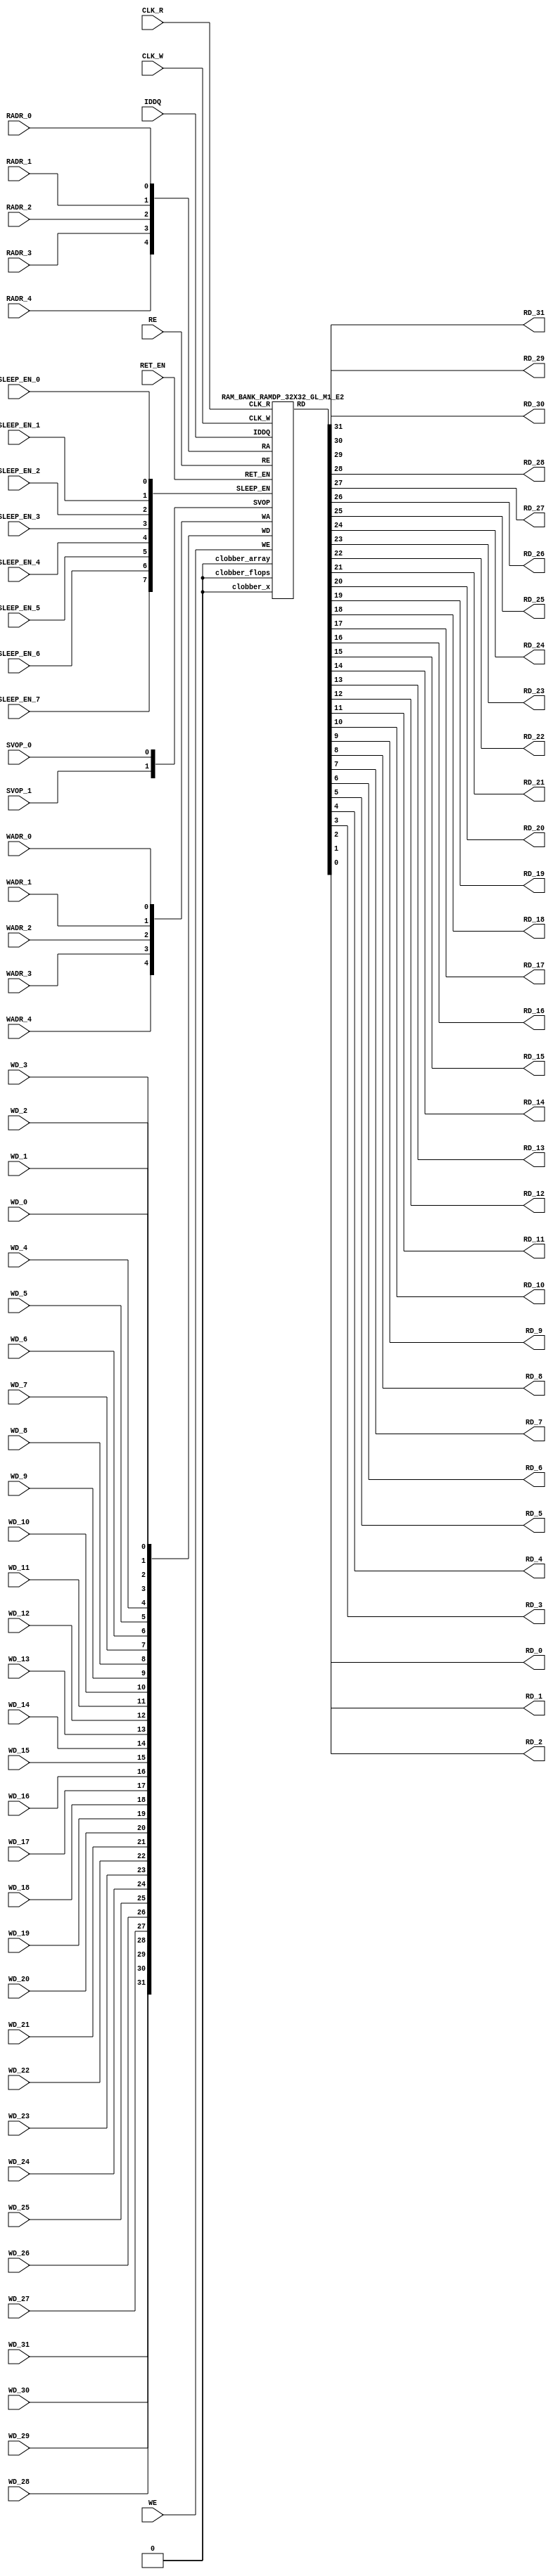
// ================================================================
// NVDLA Open Source Project
// 
// Copyright(c) 2016 - 2017 NVIDIA Corporation.  Licensed under the
// NVDLA Open Hardware License; Check "LICENSE" which comes with 
// this distribution for more information.
// ================================================================


`timescale 10ps/1ps
`celldefine
module RAMDP_32X32_GL_M1_E2 (CLK_R, CLK_W, RE, WE
	, RADR_4, RADR_3, RADR_2, RADR_1, RADR_0
    , WADR_4, WADR_3, WADR_2, WADR_1, WADR_0
	, WD_31, WD_30, WD_29, WD_28, WD_27, WD_26, WD_25, WD_24, WD_23, WD_22, WD_21, WD_20, WD_19, WD_18, WD_17, WD_16, WD_15, WD_14, WD_13, WD_12, WD_11, WD_10, WD_9, WD_8, WD_7, WD_6, WD_5, WD_4, WD_3, WD_2, WD_1, WD_0
	, RD_31, RD_30, RD_29, RD_28, RD_27, RD_26, RD_25, RD_24, RD_23, RD_22, RD_21, RD_20, RD_19, RD_18, RD_17, RD_16, RD_15, RD_14, RD_13, RD_12, RD_11, RD_10, RD_9, RD_8, RD_7, RD_6, RD_5, RD_4, RD_3, RD_2, RD_1, RD_0
    
    , IDDQ
	, SVOP_1, SVOP_0
    , SLEEP_EN_7, SLEEP_EN_6, SLEEP_EN_5, SLEEP_EN_4, SLEEP_EN_3, SLEEP_EN_2, SLEEP_EN_1, SLEEP_EN_0, RET_EN
    
);

// nvProps NoBus SLEEP_EN_

`ifndef RAM_INTERFACE
`ifndef EMULATION
`ifndef SYNTHESIS
// Physical ram size defined as localparam
localparam phy_rows = 32;
localparam phy_cols = 32;
localparam phy_rcols_pos = 32'b0;
`endif //ndef SYNTHESIS
`endif //EMULATION
`endif //ndef RAM_INTERFACE

input CLK_R, CLK_W, RE, WE
	, RADR_4, RADR_3, RADR_2, RADR_1, RADR_0
    , WADR_4, WADR_3, WADR_2, WADR_1, WADR_0
	, WD_31, WD_30, WD_29, WD_28, WD_27, WD_26, WD_25, WD_24, WD_23, WD_22, WD_21, WD_20, WD_19, WD_18, WD_17, WD_16, WD_15, WD_14, WD_13, WD_12, WD_11, WD_10, WD_9, WD_8, WD_7, WD_6, WD_5, WD_4, WD_3, WD_2, WD_1, WD_0
    
    , SLEEP_EN_7, SLEEP_EN_6, SLEEP_EN_5, SLEEP_EN_4, SLEEP_EN_3, SLEEP_EN_2, SLEEP_EN_1, SLEEP_EN_0, RET_EN
    , IDDQ
    
	, SVOP_1, SVOP_0;
output RD_31, RD_30, RD_29, RD_28, RD_27, RD_26, RD_25, RD_24, RD_23, RD_22, RD_21, RD_20, RD_19, RD_18, RD_17, RD_16, RD_15, RD_14, RD_13, RD_12, RD_11, RD_10, RD_9, RD_8, RD_7, RD_6, RD_5, RD_4, RD_3, RD_2, RD_1, RD_0;

	
`ifndef RAM_INTERFACE
	//assemble & rename wires
	wire [4:0] RA = {RADR_4, RADR_3, RADR_2, RADR_1, RADR_0};
	wire [4:0] WA = {WADR_4, WADR_3, WADR_2, WADR_1, WADR_0};
	wire [31:0] WD = {WD_31, WD_30, WD_29, WD_28, WD_27, WD_26, WD_25, WD_24, WD_23, WD_22, WD_21, WD_20, WD_19, WD_18, WD_17, WD_16, WD_15, WD_14, WD_13, WD_12, WD_11, WD_10, WD_9, WD_8, WD_7, WD_6, WD_5, WD_4, WD_3, WD_2, WD_1, WD_0};

	wire [31:0] RD;
	assign {RD_31, RD_30, RD_29, RD_28, RD_27, RD_26, RD_25, RD_24, RD_23, RD_22, RD_21, RD_20, RD_19, RD_18, RD_17, RD_16, RD_15, RD_14, RD_13, RD_12, RD_11, RD_10, RD_9, RD_8, RD_7, RD_6, RD_5, RD_4, RD_3, RD_2, RD_1, RD_0} = RD;
	wire [1:0] SVOP = {SVOP_1, SVOP_0};
    wire [7:0] SLEEP_EN = {SLEEP_EN_7, SLEEP_EN_6, SLEEP_EN_5, SLEEP_EN_4, SLEEP_EN_3, SLEEP_EN_2, SLEEP_EN_1, SLEEP_EN_0};
    

`ifndef EMULATION
`ifndef SYNTHESIS

    //State point clobering signals:
    wire check_x = (SVOP_0 ^ SVOP_1);
    wire clobber_x;
    assign clobber_x = ((check_x === 1'bx) || (check_x === 1'bz)) ? 1'b1 : 1'b0;
    wire clobber_array = ((|SLEEP_EN) & ~RET_EN) | clobber_x;
    wire clobber_flops = (|SLEEP_EN) | clobber_x;
    integer i;
    always  @(clobber_array) begin
      if (clobber_array) begin
    		for (i=0; i<32; i=i+1) begin
    		    ITOP.io.array[i] <= 32'bx;
    		end
      end
    end

//VCS coverage off     
    always  @(clobber_flops) begin
        if (clobber_flops) begin
        ITOP.we_lat <= 1'bx;
        ITOP.wa_lat <= 5'bx;
        ITOP.wd_lat <= 32'bx;
        
        ITOP.re_lat <= 1'bx;
        ITOP.ra_lat <= 5'bx;
        ITOP.io.r0_dout_tmp <= 32'b0;
        end
    end
//VCS coverage on    

//VCS coverage off
`ifdef NV_RAM_ASSERT
    //first reset signal for nv_assert_module:
    reg sim_reset;                                                     
    initial begin: init_sim_reset
        sim_reset = 0;  
        #6 sim_reset = 1;
    end

    reg rst_clk;                                                     
    initial begin: init_rst_clk
        rst_clk = 0; 
        #2 rst_clk = 1; 
        #4 rst_clk = 0;  
    end

    //internal weclk|reclk gating signal:
    wire weclk_gating = ITOP.we_lat & ~IDDQ;
    wire reclk_gating = ITOP.re_lat & ~IDDQ;

  //Assertion checks for power sequence of G-option RAMDP:

    //weclk_gating after 2 clk
    reg weclk_gating_1p, weclk_gating_2p;
    always @(posedge CLK_W) begin
        weclk_gating_1p <= weclk_gating;
        weclk_gating_2p <= weclk_gating_1p;
    end

    //reclk_gating after 2 clk
    reg reclk_gating_1p, reclk_gating_2p;
    always @(posedge CLK_R) begin
        reclk_gating_1p <= reclk_gating;
        reclk_gating_2p <= reclk_gating_1p;
    end
    
    //RET_EN off after 2 CLK_W
    reg ret_en_w_1p, ret_en_w_2p;
    always @(posedge CLK_W or posedge RET_EN) begin
        if(RET_EN) 
            begin
                ret_en_w_1p <= 1'b1;
                ret_en_w_2p <= 1'b1;
            end
        else
            begin
                ret_en_w_1p <= RET_EN;
                ret_en_w_2p <= ret_en_w_1p;
            end
    end

    //RET_EN off after 2 CLK_R
    reg ret_en_r_1p, ret_en_r_2p;
    always @(posedge CLK_R or posedge RET_EN) begin
        if(RET_EN) 
            begin
                ret_en_r_1p <= 1'b1;
                ret_en_r_2p <= 1'b1;
            end
        else
            begin
                ret_en_r_1p <= RET_EN;
                ret_en_r_2p <= ret_en_r_1p;
            end
    end

    wire sleep_en_or = (|SLEEP_EN) ;
    //SLEEP_EN off after 2 CLK_W
    reg sleep_en_off_w_1p, sleep_en_off_w_2p;
    always @(posedge CLK_W or posedge sleep_en_or) begin
        if(sleep_en_or)
            begin
                sleep_en_off_w_1p <= 1'b1;
                sleep_en_off_w_2p <= 1'b1;
            end
        else
            begin
                sleep_en_off_w_1p <= sleep_en_or;
                sleep_en_off_w_2p <= sleep_en_off_w_1p;
            end            
    end

    //SLEEP_EN off after 2 CLK_R
    reg sleep_en_off_r_1p, sleep_en_off_r_2p;
    always @(posedge CLK_R or posedge sleep_en_or) begin
        if(sleep_en_or)
            begin
                sleep_en_off_r_1p <= 1'b1;
                sleep_en_off_r_2p <= 1'b1;
            end
        else
            begin
                sleep_en_off_r_1p <= |sleep_en_or;
                sleep_en_off_r_2p <= sleep_en_off_r_1p;
            end            
    end    


  //#1 From function mode to retention mode:
    
    //Power-S1.1:illegal assert RET_EN after asserting SLEEP_EN 
    wire disable_power_assertion_S1P1 = $test$plusargs("disable_power_assertions_globally") | $test$plusargs("disable_power_assertion_assert_RET_EN_after_SLEEP_EN_on_when_function2retention");
    nv_assert_never #(0,0, "Power-S1.1:illegal assert RET_EN after asserting SLEEP_EN") inst_S1P1 (RET_EN ^ rst_clk, ~disable_power_assertion_S1P1 & sim_reset, (|SLEEP_EN));

    //Power-S1.2:illegal assert RET_EN without 2 nop-CLK
    wire disable_power_assertion_S1P2 = $test$plusargs("disable_power_assertions_globally") | $test$plusargs("disable_power_assertion_assert_RET_EN_without_2_nop_CLK");
    nv_assert_never #(0,0, "Power-S1.2:illegal assert RET_EN without 2 nop-CLK") inst_S1P2 (RET_EN ^ rst_clk, ~disable_power_assertion_S1P2 & sim_reset, weclk_gating | weclk_gating_1p | weclk_gating_2p | reclk_gating | reclk_gating_1p | reclk_gating_2p);

  //#2 From retention mode to function mode:

    //Power-S2.1:illegal write without 2 nop-CLK after de-asserting RET_EN
    wire disable_power_assertion_S2P1 = $test$plusargs("disable_power_assertions_globally") | $test$plusargs("disable_power_assertion_write_without_2_nop_CLK_after_retention2function");
    nv_assert_never #(0,0, "Power-S2.1:illegal write without 2 nop-CLK after de-asserting RET_EN") inst_S2P1 (CLK_W ^ rst_clk, ~disable_power_assertion_S2P1 & sim_reset, ~RET_EN & ret_en_w_2p & weclk_gating);

    //Power-S2.2:illegal read without 2 nop-CLK after de-asserting RET_EN
    wire disable_power_assertion_S2P2 = $test$plusargs("disable_power_assertions_globally") | $test$plusargs("disable_power_assertion_read_without_2_nop_CLK_after_retention2function");
    nv_assert_never #(0,0, "Power-S2.2:illegal read without 2 nop-CLK after de-asserting RET_EN") inst_S2P2 (CLK_R ^ rst_clk, ~disable_power_assertion_S2P2 & sim_reset, ~RET_EN & ret_en_r_2p & reclk_gating);

  //#3 From function mode to sleep mode:

    //Power-S3.2:illegal assert SLEEP_EN without 2 nop-CLK
    wire disable_power_assertion_S3P2 = $test$plusargs("disable_power_assertions_globally") | $test$plusargs("disable_power_assertion_assert_SLEEP_EN_without_2_nop_CLK");
    nv_assert_never #(0,0, "Power-S3.2:illegal assert SLEEP_EN without 2 nop-CLK") inst_S3P2 ((|SLEEP_EN) ^ rst_clk, ~disable_power_assertion_S3P2 & sim_reset, weclk_gating | weclk_gating_1p | weclk_gating_2p | reclk_gating | reclk_gating_1p | reclk_gating_2p);

  //#4 From sleep mode to function mode:

    //Power-S4.1:illegal write without 2 nop-CLK after switching from sleep mode to function mode
    wire disable_power_assertion_S4P1 = $test$plusargs("disable_power_assertions_globally") | $test$plusargs("disable_power_assertion_write_without_2_nop_CLK_after_sleep2function");
    nv_assert_never #(0,0, "Power-S4.1:illegal write without 2 nop-CLK after switching from sleep mode to function mode") inst_S4P1 (CLK_W ^ rst_clk, ~disable_power_assertion_S4P1 & sim_reset, ~(|SLEEP_EN) & sleep_en_off_w_2p & weclk_gating);
   
    //Power-S4.2:illegal read without 2 nop-CLK after switching from sleep mode to function mode
    wire disable_power_assertion_S4P2 = $test$plusargs("disable_power_assertions_globally") | $test$plusargs("disable_power_assertion_read_without_2_nop_after_sleep2function");
    nv_assert_never #(0,0, "Power-S4.2:illegal read without 2 nop-CLK after switching from sleep mode to function mode") inst_S4P2 (CLK_R ^ rst_clk, ~disable_power_assertion_S4P2 & sim_reset, ~(|SLEEP_EN) & sleep_en_off_r_2p & reclk_gating);
`endif //NV_RAM_ASSERT
//VCS coverage on 

`ifdef NV_RAM_EXPAND_ARRAY
  wire [32-1:0] Q_31 = ITOP.io.array[31];
  wire [32-1:0] Q_30 = ITOP.io.array[30];
  wire [32-1:0] Q_29 = ITOP.io.array[29];
  wire [32-1:0] Q_28 = ITOP.io.array[28];
  wire [32-1:0] Q_27 = ITOP.io.array[27];
  wire [32-1:0] Q_26 = ITOP.io.array[26];
  wire [32-1:0] Q_25 = ITOP.io.array[25];
  wire [32-1:0] Q_24 = ITOP.io.array[24];
  wire [32-1:0] Q_23 = ITOP.io.array[23];
  wire [32-1:0] Q_22 = ITOP.io.array[22];
  wire [32-1:0] Q_21 = ITOP.io.array[21];
  wire [32-1:0] Q_20 = ITOP.io.array[20];
  wire [32-1:0] Q_19 = ITOP.io.array[19];
  wire [32-1:0] Q_18 = ITOP.io.array[18];
  wire [32-1:0] Q_17 = ITOP.io.array[17];
  wire [32-1:0] Q_16 = ITOP.io.array[16];
  wire [32-1:0] Q_15 = ITOP.io.array[15];
  wire [32-1:0] Q_14 = ITOP.io.array[14];
  wire [32-1:0] Q_13 = ITOP.io.array[13];
  wire [32-1:0] Q_12 = ITOP.io.array[12];
  wire [32-1:0] Q_11 = ITOP.io.array[11];
  wire [32-1:0] Q_10 = ITOP.io.array[10];
  wire [32-1:0] Q_9 = ITOP.io.array[9];
  wire [32-1:0] Q_8 = ITOP.io.array[8];
  wire [32-1:0] Q_7 = ITOP.io.array[7];
  wire [32-1:0] Q_6 = ITOP.io.array[6];
  wire [32-1:0] Q_5 = ITOP.io.array[5];
  wire [32-1:0] Q_4 = ITOP.io.array[4];
  wire [32-1:0] Q_3 = ITOP.io.array[3];
  wire [32-1:0] Q_2 = ITOP.io.array[2];
  wire [32-1:0] Q_1 = ITOP.io.array[1];
  wire [32-1:0] Q_0 = ITOP.io.array[0];

`endif //def NV_RAM_EXPAND_ARRAY

//VCS coverage off
`ifdef MONITOR
task monitor_on;
    begin
        ITOP.io.monitor_on = 1'b1;
    end
endtask

task monitor_off;
    begin
        ITOP.io.monitor_on = 1'b0;
        ITOP.io.dump_monitor_result = 1'b1;
    end
endtask
`endif//def MONITOR
//VCS coverage on

//VCS coverage off
task mem_fill_value;
input fill_bit;
integer i;
begin
    for (i=0; i<32; i=i+1) begin
    	ITOP.io.array[i] = {32{fill_bit}};
    end
end
endtask 

task mem_fill_random; 
integer i;
integer j;
reg [31:0] val;
begin
    for (j=0; j<32; j=j+1) begin
        for (i=0; i<32; i=i+1) begin
            val[i] = {$random}; 
        end
	    ITOP.io.array[j] = val;
    end
end
endtask

task mem_write;
  input [4:0] addr;
  input [31:0] data;
  begin
     ITOP.io.mem_wr_raw(addr,data);
  end
endtask

function [31:0] mem_read;
  input [4:0] addr;
  begin
	mem_read = ITOP.io.mem_read_raw(addr);
  end
endfunction

task force_rd;
  input [4:0] addr;
  begin
	ITOP.io.r0_dout_tmp = ITOP.io.array[addr];
  end
endtask

`ifdef MEM_PHYS_INFO
task mem_phys_write;
  input [4:0] addr;
  input [31:0] data;
  begin
     ITOP.io.mem_wr_raw(addr,data);
  end
endtask

function [31:0] mem_phys_read_padr;
  input [4:0] addr;
  begin
	mem_phys_read_padr = ITOP.io.mem_read_raw(addr);
  end
endfunction

function [4:0] mem_log_to_phys_adr;
    input [4:0] addr;
    begin
    mem_log_to_phys_adr = addr;
    end
endfunction

function [31:0] mem_phys_read_pmasked;
  input [4:0] addr;
  begin
	mem_phys_read_pmasked = ITOP.io.mem_read_raw(addr);
  end
endfunction

function [31:0] mem_phys_read_ladr;
  input [4:0] addr;
  begin
	mem_phys_read_ladr = mem_phys_read_padr(mem_log_to_phys_adr(addr));
  end
endfunction
`endif //def MEM_PHYS_INFO

`ifdef FAULT_INJECTION
task mem_fault_no_write;
  input [31:0] fault_mask;
   begin
    ITOP.io.mem_fault_no_write(fault_mask);
  end
endtask

task mem_fault_stuck_0;
  input [31:0] fault_mask;
  integer i;
   begin
    ITOP.io.mem_fault_stuck_0(fault_mask);
   end
endtask

task mem_fault_stuck_1;
  input [31:0] fault_mask;
  integer i;
   begin
    ITOP.io.mem_fault_stuck_1(fault_mask);
  end
endtask

task set_bit_fault_stuck_0;
  input r;
  input c;
  integer r;
  integer c;
    ITOP.io.set_bit_fault_stuck_0(r,c);
endtask

task set_bit_fault_stuck_1;
  input r;
  input c;
  integer r;
  integer c;
    ITOP.io.set_bit_fault_stuck_1(r,c);
endtask

task clear_bit_fault_stuck_0;
  input r;
  input c;
  integer r;
  integer c;
    ITOP.io.clear_bit_fault_stuck_0(r,c);
endtask

task clear_bit_fault_stuck_1;
  input r;
  input c;
  integer r;
  integer c;
    ITOP.io.clear_bit_fault_stuck_1(r,c);
endtask
//VCS coverage on

`endif //def FAULT_INJECTION
`else //def SYNTHESIS
    
    wire clobber_x;
    assign clobber_x = 1'b0;
    wire clobber_array = 1'b0;
    wire clobber_flops = 1'b0;

`endif //ndef SYNTHESIS

	//instantiate memory bank
	RAM_BANK_RAMDP_32X32_GL_M1_E2 ITOP (
		.RE(RE), 
		.WE(WE), 
		.RA(RA),  
		.WA(WA), 
		.CLK_R(CLK_R), 
		.CLK_W(CLK_W), 
		.IDDQ(IDDQ), 
		.SVOP(SVOP), 
		.WD(WD), 
		.RD(RD),
		
		.SLEEP_EN(SLEEP_EN),
        .RET_EN(RET_EN),
        .clobber_flops(clobber_flops), 
        .clobber_array(clobber_array),
        .clobber_x(clobber_x)     	
	);

//VCS coverage off
`else //def EMULATION
    // Simple emulation model without MBIST, SCAN or REDUNDANCY
    	//common part for write
    	reg we_ff;
        reg [4:0] wa_ff;
        reg [31:0] wd_ff; 
    	always @(posedge CLK_W) begin // spyglass disable W391
                we_ff  <= WE;
                wa_ff <= WA;
                wd_ff <= WD;
    	end
    	   
        

    	//common part for read
    	reg re_lat;
        always @(*) begin
    		if (!CLK_R) begin
                re_lat  <= RE; // spyglass disable W18
    		end
    	end
    	
    	wire reclk = CLK_R & re_lat;
    
    	reg [4:0] ra_ff;
    	always @(posedge CLK_R) begin // spyglass disable W391
    			ra_ff <= RA;
    	end

        reg [31:0] dout; 

        assign RD = dout;
    
 	    //memory array       
	    reg [31:0] array[0:31]; 
	    always @(negedge CLK_W ) begin
            if (we_ff) begin
	    		array[wa_ff] <= wd_ff; // spyglass disable SYNTH_5130
            end
	    end
	    always @(*) begin
	    	if (reclk) begin
	    		dout <= array[ra_ff]; // spyglass disable SYNTH_5130, W18
	    	end
	    end
    // End of the simple emulation model
`endif //def EMULATION
//VCS coverage on

`endif //ndef RAM_INTERFACE
endmodule
`endcelldefine






/////////////////////////////////////////////////////////////////////////////////////////////////////////////////////////////////
/////////////////////////////// memory bank block : defines internal logic of the RAMDP /////////////////////////////////////////
/////////////////////////////////////////////////////////////////////////////////////////////////////////////////////////////////

`ifndef RAM_INTERFACE
`ifndef EMULATION
module RAM_BANK_RAMDP_32X32_GL_M1_E2 (RE, WE, RA, WA, CLK_R, CLK_W, IDDQ, SVOP, WD, RD, SLEEP_EN, RET_EN, clobber_flops, clobber_array, clobber_x
);


input RET_EN;
input RE, WE, CLK_R, CLK_W, IDDQ;
input [4:0] RA, WA;
input [31:0] WD;
input [1:0] SVOP;
input [7:0] SLEEP_EN;
input clobber_flops, clobber_array, clobber_x;
output [31:0] RD;

//State point clobering signals:

    wire output_valid = ~(clobber_x | (|SLEEP_EN));
    wire clamp_o = SLEEP_EN[7] | RET_EN;

	//common part for write
    wire clk_w_iddq = CLK_W & ~IDDQ & ~clamp_o;
	reg we_lat;
	always @(*) begin
		if (!clk_w_iddq & !clobber_flops) begin
			we_lat  <=  WE; // spyglass disable W18, IntClock
		end
	end

    // weclk with posedge 1 dly | negedge 2 dly	
    wire weclk, weclk_d0, weclk_d1, weclk_d2;
    assign weclk_d0 = clk_w_iddq & we_lat & ~clobber_flops & ~clobber_array;
    assign #1 weclk_d1 = weclk_d0;
    assign #1 weclk_d2 = weclk_d1;
    assign weclk = weclk_d1 | weclk_d2; // spyglass disable GatedClock

    // wadclk with posedge 0 dly | negedge 3 dly	
    wire wadclk, wadclk_d0, wadclk_d1, wadclk_d2, wadclk_d3;
    assign wadclk_d0 = clk_w_iddq & we_lat;
    assign #1 wadclk_d1 = wadclk_d0;
    assign #1 wadclk_d2 = wadclk_d1;
    assign #1 wadclk_d3 = wadclk_d2;
    assign wadclk = wadclk_d0 | wadclk_d1 | wadclk_d2 | wadclk_d3;  

    // wdclk with posedge 0 dly | negedge 3 dly
    wire wdclk, wdclk_d0, wdclk_d1, wdclk_d2, wdclk_d3;
    assign wdclk_d0 = clk_w_iddq & we_lat;
    assign #1 wdclk_d1 = wdclk_d0;
    assign #1 wdclk_d2 = wdclk_d1;
    assign #1 wdclk_d3 = wdclk_d2;
    assign wdclk = wdclk_d0 | wdclk_d1 | wdclk_d2 | wdclk_d3;  

    reg [4:0] wa_lat;
	always @(*) begin
		if (!wadclk & !clobber_flops) begin
			wa_lat  <=  WA; // spyglass disable W18, IntClock
		end
	end

	reg [31:0] wd_lat;
	always @(*) begin
		if (!wdclk & !clobber_flops) begin
			wd_lat  <= WD; // spyglass disable W18, IntClock
		end
	end

	//common part for read
	reg re_lat;
	always @(*) begin
		if (!CLK_R & !clobber_flops) begin
			re_lat <=  RE; // spyglass disable W18, IntClock
		end
	end

    // reclk with posedge 1 dly | negedge 0 dly
    wire reclk, reclk_d0, reclk_d1;
    assign reclk_d0 = CLK_R & ~IDDQ & re_lat & ~clamp_o;
    assign #1 reclk_d1 = reclk_d0;
    assign reclk = reclk_d0 & reclk_d1; // spyglass disable GatedClock

    // radclk with posedge 0 dly | negedge 1 dly
    wire radclk, radclk_d0, radclk_d1;
    assign radclk_d0 = CLK_R & ~IDDQ & re_lat & ~clamp_o;
    assign #1 radclk_d1 = radclk_d0;
    assign radclk = radclk_d0 | radclk_d1;  

	reg [4:0] ra_lat;
	always @(*) begin
		if (!radclk & !clobber_flops) begin
			ra_lat <=  RA; // spyglass disable W18, IntClock
		end
	end
	
	wire [31:0] dout;
	assign RD = clamp_o ? 32'b0 : (output_valid ? dout : 32'bx); //spyglass disable STARC-2.10.1.6


	//for E-option RAM


	vram_RAMDP_32X32_GL_M1_E2 # (32, 32, 5) io (
		.w0_addr(wa_lat),
		.w0_clk(weclk),
		.w0_bwe({32{1'b1}}),
		.w0_din(wd_lat),
		.r0_addr(ra_lat),
		.r0_clk(reclk),
		.r0_dout(dout),
        .clamp_o(clamp_o)
	);

endmodule
`endif //ndef EMULATION
`endif //ndef RAM_INTERFACE








/////////////////////////////////////////////////////////////////////////////////////////////////////////////////////////////////
///////////////////////////////  ram primitive : defines 2D behavioral memory array of the RAMDP ////////////////////////////////
/////////////////////////////////////////////////////////////////////////////////////////////////////////////////////////////////

`ifndef RAM_INTERFACE
`ifndef EMULATION
module vram_RAMDP_32X32_GL_M1_E2 (
	w0_addr,
	w0_clk,
	w0_bwe,
	w0_din,
	r0_addr,
	r0_clk,
	r0_dout,
    clamp_o
);

parameter words = 32;
parameter bits = 32;
parameter addrs = 5;


input [addrs-1:0] w0_addr;
input w0_clk;
input [bits-1:0] w0_din;
input [bits-1:0] w0_bwe;
input [addrs-1:0] r0_addr;
input r0_clk;
input clamp_o;
output [bits-1:0] r0_dout;

integer a;

`ifndef SYNTHESIS
`ifdef FAULT_INJECTION
	// regs for inducing faults
	reg [bits-1:0] fault_no_write; // block writes to this column
	reg [bits-1:0] fault_stuck_0;  // column always reads as 0
	reg [bits-1:0] fault_stuck_1;  // column always reads as 1
	reg [bits-1:0] bit_fault_stuck_0[0:words-1];  // column always reads as 0
	reg [bits-1:0] bit_fault_stuck_1[0:words-1];  // column always reads as 1
	
	initial begin : init_bit_fault_stuck
	  integer i;
	  integer j;
	  fault_no_write = {bits{1'b0}};
	  fault_stuck_0  = {bits{1'b0}};
	  fault_stuck_1  = {bits{1'b0}};
	  for (i=0; i<=words; i=i+1) begin
	      bit_fault_stuck_0[i] = {bits{1'b0}};
	      bit_fault_stuck_1[i] = {bits{1'b0}};
	  end
	end
`endif //def FAULT_INJECTION

`ifdef MONITOR
//VCS coverage off
// monitor variables
reg monitor_on;
reg dump_monitor_result;
// this monitors coverage including redundancy cols
// 1'bx = not accessed
// 1'b0 = accessed as a 0
// 1'b1 = accessed as a 1
// 1'bz = accessed as both 0 and 1
reg [bits-1:0] bit_written[0:words-1];
reg [bits-1:0] bit_read[0:words-1];

initial begin : init_monitor
  monitor_on = 1'b0; 
  dump_monitor_result = 1'b0;
  for(a=0;a<words;a=a+1) begin
      bit_written[a] = {bits{1'bx}};
      bit_read[a] = {bits{1'bx}};
  end
end

always @(dump_monitor_result) begin : dump_monitor
    integer r;
	integer c;
    integer b;
	reg [32-1:0] tmp_row;
    	if (dump_monitor_result == 1'b1) begin
		    $display("Exercised coverage summary:");
		    $display("\t%m bits not written as 0:");
		    for (r=0; r<32; r=r+1) begin
		        tmp_row = bit_written[r];
		    	for (c=0; c<32; c=c+1) begin
		    		if (tmp_row[c] !== 1'b0 && tmp_row[c] !== 1'bz) $display("\t\t[row,col] [%d,%d]", r, c);
		    	end
		    end
            $display("\t%m bits not written as 1:");
		    for (r=0; r<32; r=r+1) begin
		        tmp_row = bit_written[r];
		    	for (c=0; c<32; c=c+1) begin
		    		if (tmp_row[c] !== 1'b1 && tmp_row[c] !== 1'bz) $display("\t\t[row,col] [%d,%d]", r, c);
		    	end
		    end
		    $display("\t%m bits not read as 0:");
		    for (r=0; r<32; r=r+1) begin
		        tmp_row = bit_read[r];
		    	for (c=0; c<32; c=c+1) begin
		    		if (tmp_row[c] !== 1'b0 && tmp_row[c] !== 1'bz) $display("\t\t[row,col] [%d,%d]", r, c);
		    	end
		    end
		    $display("\t%m bits not read as 1:");
		    for (r=0; r<32; r=r+1) begin
		        tmp_row = bit_read[r];
		    	for (c=0; c<32; c=c+1) begin
		    		if (tmp_row[c] !== 1'b1 && tmp_row[c] !== 1'bz) $display("\t\t[row,col] [%d,%d]", r, c);
		    	end
		    end
        end
	dump_monitor_result = 1'b0;
end
//VCS coverage on
`endif //MONITOR
`endif //ndef SYNTHESIS
	
	//memory array
	reg [bits-1:0] array[0:words-1];  

// Bit write enable
`ifndef SYNTHESIS 
    `ifdef FAULT_INJECTION
        wire [bits-1:0] bwe_with_fault = w0_bwe & ~fault_no_write;
        wire [bits-1:0] re_with_fault = ~(bit_fault_stuck_1[r0_addr] | bit_fault_stuck_0[r0_addr]);
    `else
        wire [bits-1:0] bwe_with_fault = w0_bwe;
        wire [bits-1:0] re_with_fault = {bits{1'b1}};
    `endif //def FAULT_INJECTION
`else
    wire [bits-1:0] bwe_with_fault = w0_bwe;
`endif //SYNTHESIS

	//write function
    wire [bits-1:0] bitclk = {bits{w0_clk}} & bwe_with_fault;
    genvar idx;
    generate
        for (idx=0; idx<bits; idx=idx+1)
        begin : write
            always @(bitclk[idx] or w0_clk or w0_addr or w0_din[idx])
            begin
                if (bitclk[idx] && w0_clk)
                begin
                    array[w0_addr][idx] <= w0_din[idx]; // spyglass disable SYNTH_5130, W18
                    `ifndef SYNTHESIS
                    `ifdef MONITOR
//VCS coverage off
                    if (monitor_on) begin 
	    				case (bit_written[w0_addr][idx])
	    				    1'bx: bit_written[w0_addr][idx] = w0_din[idx];
	    				    1'b0: bit_written[w0_addr][idx] = w0_din[idx] == 1 ? 1'bz : 1'b0;
	    				    1'b1: bit_written[w0_addr][idx] = w0_din[idx] == 0 ? 1'bz : 1'b1;
	    				    1'bz: bit_written[w0_addr][idx] = 1'bz;
	    				endcase
                    end   
//VCS coverage on
                    `endif //MONITOR	    
                    `endif //SYNTHESIS	
                end
            end
        end
    endgenerate

	//read function
	wire [bits-1:0] r0_arr;
`ifndef SYNTHESIS
    `ifdef FAULT_INJECTION
	    assign r0_arr = (array[r0_addr] | bit_fault_stuck_1[r0_addr]) & ~bit_fault_stuck_0[r0_addr]; //read fault injection
    `else
	    assign r0_arr = array[r0_addr]; 
    `endif //def FAULT_INJECTION
`else
    assign r0_arr = array[r0_addr]; // spyglass disable SYNTH_5130
`endif //def SYNTHESIS


    wire r0_clk_d0p1, r0_clk_read, r0_clk_reset_collision;
    assign #0.1 r0_clk_d0p1 = r0_clk;
    assign r0_clk_read = r0_clk_d0p1 & r0_clk; // spyglass disable GatedClock
    assign r0_clk_reset_collision = r0_clk | r0_clk_d0p1; // spyglass disable W402b

`ifndef SYNTHESIS
`ifdef MONITOR
//VCS coverage off 
    always @(r0_clk_read) begin
        if (monitor_on) begin
            for (a=0; a<bits; a=a+1) begin
	            if (re_with_fault[a] && r0_clk_read) begin
	                case (bit_read[r0_addr][a])
			            1'bx: bit_read[r0_addr][a] = array[r0_addr][a];
				        1'b0: bit_read[r0_addr][a] = array[r0_addr][a] == 1 ? 1'bz : 1'b0;
				        1'b1: bit_read[r0_addr][a] = array[r0_addr][a] == 0 ? 1'bz : 1'b1;
				        1'bz: bit_read[r0_addr][a] = 1'bz;
		            endcase
	            end
	        end
        end
    end
//VCS coverage on
`endif //MONITOR
`endif //SYNTHESIS

	reg [bits-1:0] collision_ff;
    wire [bits-1:0] collision_ff_clk =  {bits{w0_clk}} & {bits{r0_clk_read}} & {bits{r0_addr==w0_addr}} & bwe_with_fault; //spyglass disable GatedClock
    genvar bw;
    generate
        for (bw=0; bw<bits; bw=bw+1) 
        begin : collision
	        always @(posedge collision_ff_clk[bw] or negedge r0_clk_reset_collision) begin
                if (!r0_clk_reset_collision) 
                    begin
                        collision_ff[bw] <= 1'b0;
                    end
                else
                    begin
                        collision_ff[bw] <= 1'b1;
                    end
            end
        end
    endgenerate

	reg [bits-1:0] r0_dout_tmp;
	always @(*)
	begin
	    if (r0_clk_read) begin
            for (a=0; a<bits; a=a+1) begin
                r0_dout_tmp[a] <= ( collision_ff[a] | (r0_addr==w0_addr & w0_clk & bwe_with_fault[a]) ) ? 1'bx : r0_arr[a] & ~clamp_o; //spyglass disable STARC-2.10.1.6, W18
            end
        end
    end
    wire [bits-1:0] r0_dout = r0_dout_tmp & {bits{~clamp_o}};

`ifndef SYNTHESIS
//VCS coverage off
task mem_wr_raw;
  input [addrs-1:0] addr;
  input [bits-1:0] data;
  begin
    array[addr] = data;
  end
endtask

function [bits-1:0] mem_read_raw;
input [addrs-1:0] addr;
	mem_read_raw = array[addr];
endfunction

`ifdef FAULT_INJECTION
// induce faults on columns
task mem_fault_no_write;
  input [bits-1:0] fault_mask;
   begin
    fault_no_write = fault_mask;
  end
endtask

task mem_fault_stuck_0;
  input [bits-1:0] fault_mask;
  integer i;
   begin
    for ( i=0; i<words; i=i+1 ) begin
      bit_fault_stuck_0[i] = fault_mask;
    end
  end
endtask

task mem_fault_stuck_1;
  input [bits-1:0] fault_mask;
  integer i;
   begin
    for ( i=0; i<words; i=i+1 ) begin
      bit_fault_stuck_1[i] = fault_mask;
    end
  end
endtask

task set_bit_fault_stuck_0;
  input r;
  input c;
  integer r;
  integer c;
  bit_fault_stuck_0[r][c] = 1;
endtask

task set_bit_fault_stuck_1;
  input r;
  input c;
  integer r;
  integer c;
  bit_fault_stuck_1[r][c] = 1;
endtask

task clear_bit_fault_stuck_0;
  input r;
  input c;
  integer r;
  integer c;
  bit_fault_stuck_0[r][c] = 0;
endtask

task clear_bit_fault_stuck_1;
  input r;
  input c;
  integer r;
  integer c;
  bit_fault_stuck_1[r][c] = 0;
endtask
//VCS coverage on
`endif //def FAULT_INJECTION
`endif //ndef SYNTHESIS

endmodule
`endif //ndef EMULATION
`endif //ndef RAM_INTERFACE